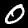
Digit: 0